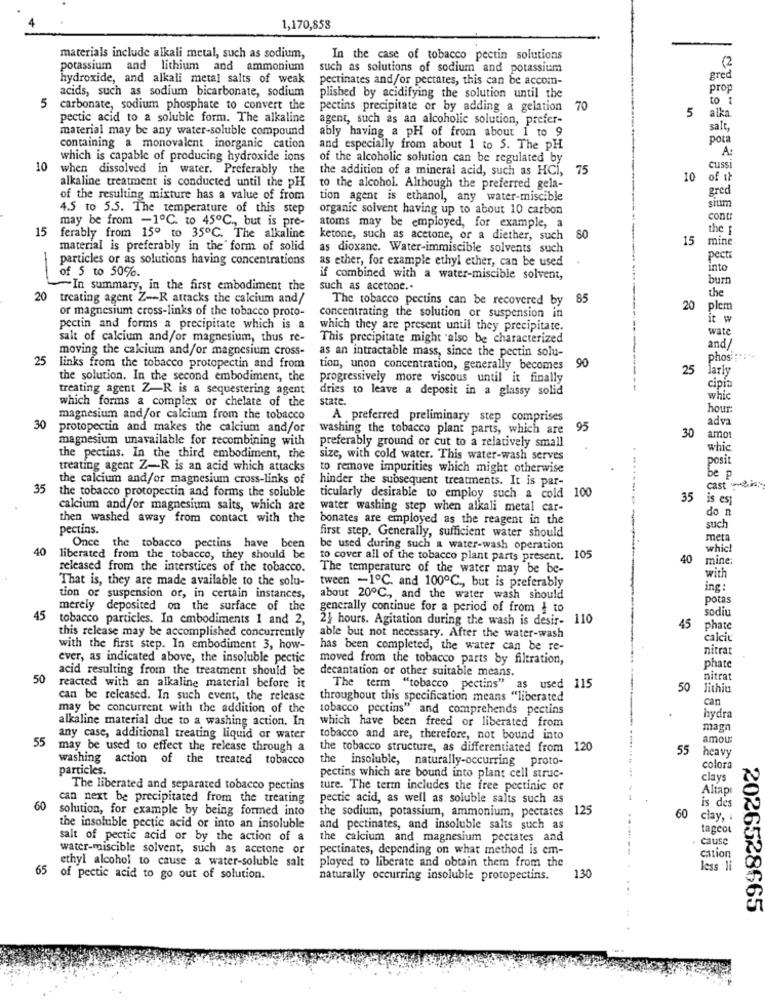
1,170,858
materials include alkali metal, such as sodium,
In the case of tobacco pectin solutions
(2
potassium and lithium and ammonium
such as solutions of sodium and potassium
hydroxide, and alkali metal salts of weak
pectinates and/or pectates, this can be accom-
gred
acids, such as sodium bicarbonate, sodium
prop
plished by acidifying the solution until the
to :
5 carbonate, sodium phosphate to convert the
pectins precipitate or by adding a gelation 70
5
alka
pectic acid to a soluble form. The alkaline
agent, such as an alcoholic solution, prefer-
material may be any water-soluble compound
salt,
ably having a pH of from about I to 9
pota
containing a monovalent inorganic cation
and especially from about 1 to 5. The PH
A:
which is capable of producing hydroxide ions
of the alcoholic solution can be regulated by
10
when dissolved in water. Preferably the
the addition of a mineral acid, such as HCI,
75
cuss
alkaline treatment is conducted until the pH
10
of it
to the alcohol. Although the preferred gela-
gred
of the resulting mixture has a value of from
tion agent is ethanol, any water-miscible
sium
4.5 to 5.5. The temperature of this step
organic solvent having up to about 10 carbon
may be from -1℃. to 45℃ ., but is pre-
cont:
15
atoms may be employed, for example, a
the f
ferably from 150 to 35℃. The alkaline
ketone, such as acetone, or a diether, such
80
15
mine
material is preferably in the form of solid
as dioxane. Water-immiscible solvents such
particles or as solutions having concentrations
as ether, for example ethyl ether, can be used
pect
into
-
of 5 to 50%.
if combined with a water-miscible solvent,
burt
In summary, in the first embodiment the
such as acetone ..
the
20 treating agent Z -- R attacks the calcium and/
The tobacco pectins can be recovered by
85
or magnesium cross-links of the tobacco proto-
20
plen
concentrating the solution or suspension in
it w
pectin and forms a precipitate which is a
which they are present until they precipitate.
wate
salt of calcium and/or magnesium, thus re-
This precipitate might also be characterized
moving the calcium and/or magnesium cross-
as an intractable mass, since the pectin solu-
and/
25
90
phos Fait
links from the tobacco protopectin and from
tion, unon concentration, generally becomes
25
larly
the solution. In the second embodiment, the
progressively more viscous until it finally
treating agent Z-R is a sequestering agent
dries to leave a deposit in a glassy solid
cipin
which forms a complex or chelate of the
state.
whic
hour
magnesium and/or calcium from the tobacco
A preferred preliminary step comprises
adva
30
protopectin and makes the calcium and/or
washing the tobacco plant parts, which are
95
magnesium unavailable for recombining with
preferably ground or cut to a relatively small
30
amor
whic
the pectins. In the third embodiment, the
size, with cold water. This water-wash serves
posit
treating agent Z-R is an acid which attacks
to remove impurities which might otherwise
be p
the calcium and/or magnesium cross-links of
hinder the subsequent treatments. It is par-
cast-
35
the tobacco protopectin and forms the soluble
ticularly desirable to employ such a cold 100
35
is est
calcium and/or magnesium salts, which are
water washing step when alkali metal car-
do n
then washed away from contact with the
bonates are employed as the reagent in the
pectins.
such
first step. Generally, sufficient water should
meta
40
Once the tobacco pectins have been
be used during such a water-wash operation
which
liberated from the tobacco, they should be
to cover all of the tobacco plant parts present. 105
40
mine:
released from the interstices of the tobacco.
The temperature of the water may be be-
That is, they are made available to the solu-
with
tween -1℃. and 100ºC ., but is preferably
ing:
tion or suspension of, in certain instances,
about 20℃ ., and the water wash should
potas
merely deposited on the surface of the
generally continue for a period of from { to
sodiu
45
tobacco particles. In embodiments 1 and 2,
24 hours. Agitation during the wash is desir- 110
this release may be accomplished concurrently
45
phate
able but not necessary. After the water-wash
calcit
with the first step. In embodiment 3, how-
has been completed, the water can be re-
nitrat
ever, as indicated above, the insoluble pectic
moved from the tobacco parts by filtration,
acid resulting from the treatment should be
decantation or other suitable means.
phate
50
nitrat
reacted with an alkaline material before it
The term "tobacco pectins" as used 115
50
Jithiu
can be released. In such event, the release
throughout this specification means "liberated
can
may be concurrent with the addition of the
tobacco pectins" and comprehends pectins
alkaline material due to a washing action. In
hydra
which have been freed or liberated from
magn
55
any case, additional treating liquid or water
tobacco and are, therefore, not bound into
amou
may be used to effect the release through a
the tobacco structure, as differentiated from
120
55
heavy
washing action of the treated tobacco
the insoluble, naturally-occurring proto-
particles.
colora
pectins which are bound into plant cell struc-
clays
The liberated and separated tobacco pectins
ture. The term includes the free pectinic or
Altapi
can next be precipitated from the treating
pectic acid, as well as soluble salts such as
is des
60
solution, for example by being formed into
125
60
the sodium, potassium, ammonium, pectates
clay,
the insoluble pectic acid or into an insoluble
and pectinates, and insoluble salts such as
tagcol
salt of pectic acid or by the action of a
the calcium and magnesium pectates and
cause
water-miscible solvent, such as acctone or
pectinates, depending on what method is em-
cation
ethyl alcohol to cause a water-soluble salt
ployed to liberate and obtain them from the
less li
65 of pectic acid to go out of solution.
naturally occurring insoluble protopectins.
130
2026528665